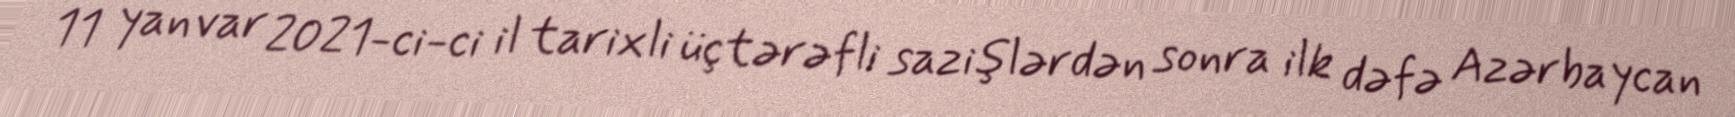
11 yanvar 2021-ci-ci il tarixli üçtərəfli sazişlərdən sonra ilk dəfə Azərbaycan